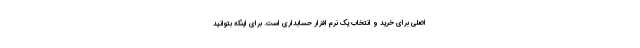
اصلی برای خرید و انتخاب یک نرم افزار حسابداری است. برای اینکه بتوانید